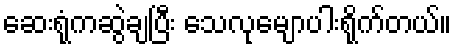
ဆေးရုံကဆွဲချပြီး သေလုမျောပါးရိုက်တယ်။